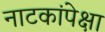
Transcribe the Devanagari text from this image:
नाटकांपेक्षा